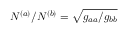
N ^ { ( a ) } / N ^ { ( b ) } = \sqrt { g _ { a a } / g _ { b b } }